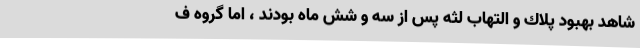
شاهد بهبود پلاك و التهاب لثه پس از سه و شش ماه بودند ، اما گروه ف